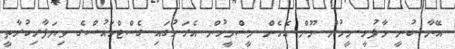
އޭނާ ބުނީ މާފުށީ މީހުން ނޫން އެހެން މީސްމީހުން އެރަށުގައި ގެސްޓްހައުސްގެ ވިޔަފާރިކުރާތީ